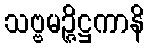
သဗ္ဗမဉ္ဇိဋ္ဌကာနိ